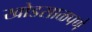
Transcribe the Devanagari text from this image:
खोडसाळपणे